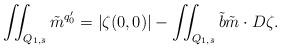
LaTeX: \begin{align*}\iint_{Q_{1,\bar s}} \tilde m^{q'_0} = |\zeta(0,0)| - \iint_{Q_{1,\bar s }} \tilde b \tilde m \cdot D\zeta.\end{align*}